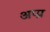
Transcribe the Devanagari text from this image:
अप्प्न